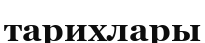
тарихлары